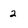
Character: 2